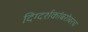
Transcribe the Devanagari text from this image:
दिग्दर्शकांबरोबरच